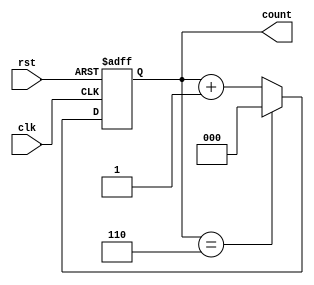
/*********************************************************************************
*FileName:	counter7
*Version:	v1
*Description:  
			7,15
*Others:  
*Function List:
1.
2.
*History:  //
1.Date:
Author:
Modification:
2.
**********************************************************************************/

module counter7 (clk,rst,count) ;
input clk,rst;
output [2:0] count;
reg [2:0] count;

always @ (posedge clk , posedge rst) begin
if(rst) count <= 'b0;
else begin
	if(count=='d6) count <='d0;
	else count <= count + 1;
end
end

endmodule

module counter7_tb ;
reg clk,rst;
wire [2:0] count;

counter7 U1 (clk,rst,count);

initial begin
{clk,rst} = 2'b00;
#7 rst=1;
#27 rst=0;
end

always #5 clk=~clk;

endmodule